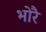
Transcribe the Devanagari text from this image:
भोरै